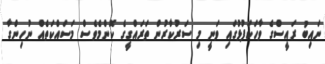
ނައިބު ރައީސްގެ ވާހަކަފުޅުގައި ވަނީ މި ސަރުކާރުން ތަރައްގީގެ ކޮންމެވެސް މަސައްކަތެއް ނުހިންގާ